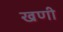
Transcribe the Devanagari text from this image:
खणी